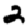
Digit: 2